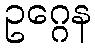
ဥဂ္ဂေန